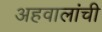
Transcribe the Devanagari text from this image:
अहवालांची